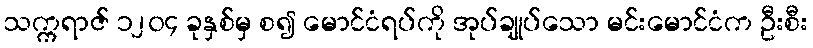
သက္ကရာဇ် ၁၂၀၄ ခုနှစ်မှ စ၍ မောင်ငံရပ်ကို အုပ်ချုပ်သော မင်းမောင်ငံက ဦးစီး